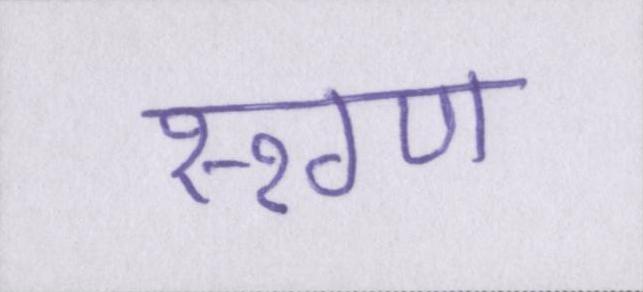
रूग्ण